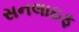
સનલાઇફ